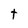
Character: t